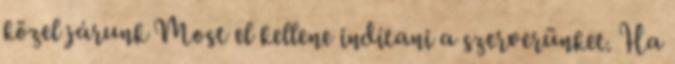
közel járunk Most el kellene indítani a szerverünket. Ha